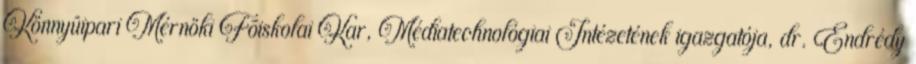
Könnyûipari Mérnöki Fõiskolai Kar, Médiatechnológiai Intézetének igazgatója, dr. Endrédy